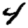
Digit: 4